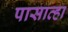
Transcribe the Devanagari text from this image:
पासाव्हा